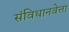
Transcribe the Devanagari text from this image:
संविधानवेत्ता